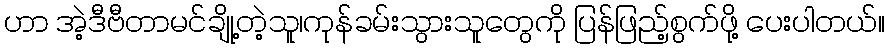
ဟာ အဲ့ဒီဗီတာမင်ချို့တဲ့သူ၊ကုန်ခမ်းသွားသူတွေကို ပြန်ဖြည့်စွက်ဖို့ ပေးပါတယ်။